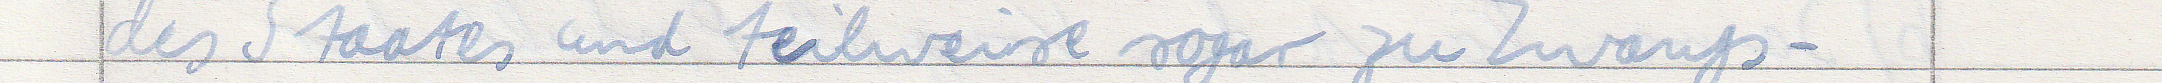
des Staates und teilweise sogar Zwangs-